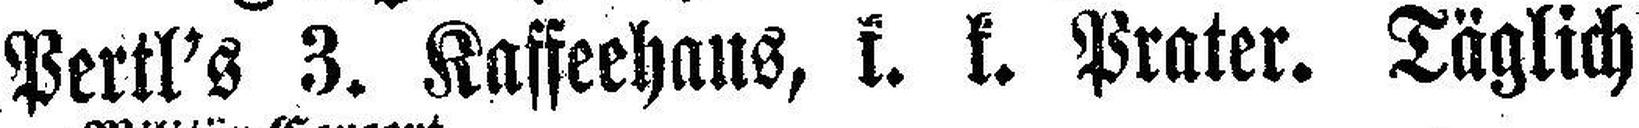
Perll's 3. Kaffeehaus, k. k. Prater. Täglich